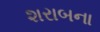
શરાબના